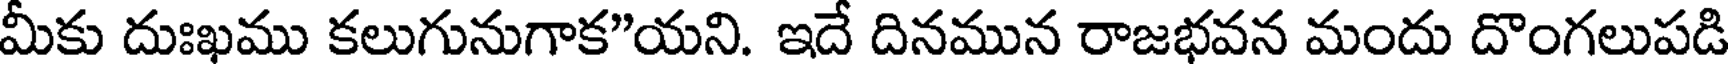
మీకు దుఃఖము కలుగునుగాక"యని. ఇదే దినమున రాజభవన మందు దొంగలుపడి